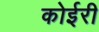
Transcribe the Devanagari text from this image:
कोईरी